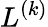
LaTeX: L^{(k)}